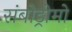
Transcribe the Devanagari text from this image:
संबोड्रोमो